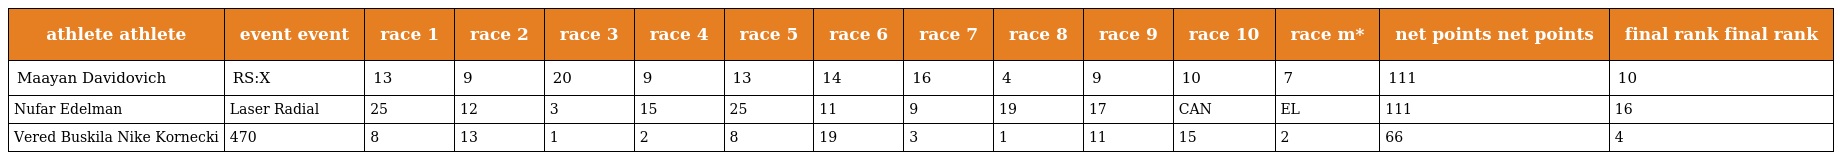
| athlete athlete | event event | race 1 | race 2 | race 3 | race 4 | race 5 | race 6 | race 7 | race 8 | race 9 | race 10 | race m* | net points net points | final rank final rank |
 | --- | --- | --- | --- | --- | --- | --- | --- | --- | --- | --- | --- | --- | --- | --- |
 | Maayan Davidovich | RS:X | 13 | 9 | 20 | 9 | 13 | 14 | 16 | 4 | 9 | 10 | 7 | 111 | 10 |
 | Nufar Edelman | Laser Radial | 25 | 12 | 3 | 15 | 25 | 11 | 9 | 19 | 17 | CAN | EL | 111 | 16 |
 | Vered Buskila Nike Kornecki | 470 | 8 | 13 | 1 | 2 | 8 | 19 | 3 | 1 | 11 | 15 | 2 | 66 | 4 |